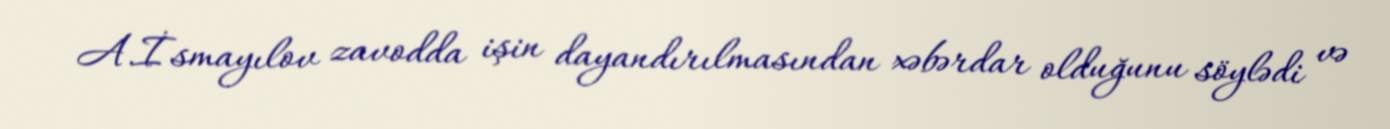
A.İsmayılov zavodda işin dayandırılmasından xəbərdar olduğunu söylədi və